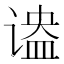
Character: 𬤔